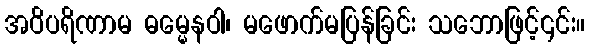
အဝိပရိဏာမ ဓမ္မေနဝါ၊ မဖောက်မပြန်ခြင်း သဘောဖြင့်၎င်း။